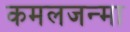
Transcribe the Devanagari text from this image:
कमलजन्मा